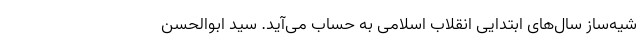
شیه‌ساز سال‌های ابتدایی انقلاب اسلامی به حساب می‌آید. سید ابوالحسن